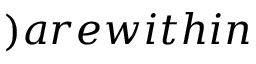
) a r e w i t h i n